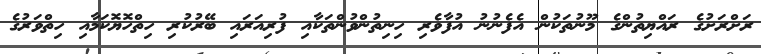
ރަށްރަށުގެ ރައްޔިތުންގެ މޫނުތަކުން އެފެނުނު އުފާވެރި ހިނިތުންވުންތަކާއި ފުރިއަރައި ބޭރުކުރި ހިތްހޮޔޮކަމާއި ހިތްވަރުގެ